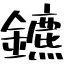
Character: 鑣